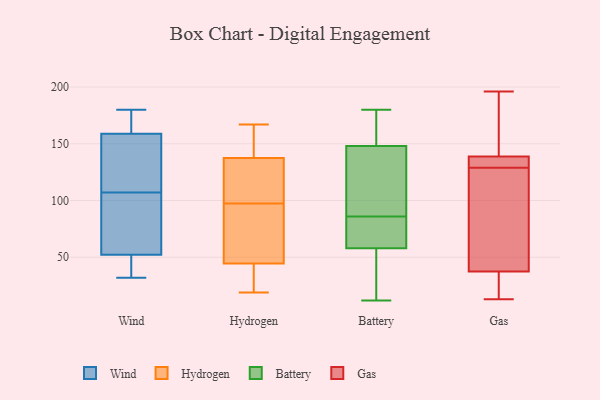
{"axis": {"x": "Bounce Rate (%)", "y": "Value"}, "legend": ["Battery", "Gas", "Hydrogen", "Wind"], "data": [{"x": "", "y": 47, "type": "Wind"}, {"x": "", "y": 177, "type": "Wind"}, {"x": "", "y": 87, "type": "Wind"}, {"x": "", "y": 76, "type": "Wind"}, {"x": "", "y": 64, "type": "Wind"}, {"x": "", "y": 156, "type": "Wind"}, {"x": "", "y": 149, "type": "Wind"}, {"x": "", "y": 136, "type": "Wind"}, {"x": "", "y": 107, "type": "Wind"}, {"x": "", "y": 45, "type": "Wind"}, {"x": "", "y": 32, "type": "Wind"}, {"x": "", "y": 180, "type": "Wind"}, {"x": "", "y": 45, "type": "Wind"}, {"x": "", "y": 161, "type": "Wind"}, {"x": "", "y": 158, "type": "Wind"}, {"x": "", "y": 54, "type": "Wind"}, {"x": "", "y": 173, "type": "Wind"}, {"x": "", "y": 43, "type": "Hydrogen"}, {"x": "", "y": 138, "type": "Hydrogen"}, {"x": "", "y": 24, "type": "Hydrogen"}, {"x": "", "y": 167, "type": "Hydrogen"}, {"x": "", "y": 121, "type": "Hydrogen"}, {"x": "", "y": 149, "type": "Hydrogen"}, {"x": "", "y": 98, "type": "Hydrogen"}, {"x": "", "y": 100, "type": "Hydrogen"}, {"x": "", "y": 53, "type": "Hydrogen"}, {"x": "", "y": 36, "type": "Hydrogen"}, {"x": "", "y": 46, "type": "Hydrogen"}, {"x": "", "y": 19, "type": "Hydrogen"}, {"x": "", "y": 140, "type": "Hydrogen"}, {"x": "", "y": 90, "type": "Hydrogen"}, {"x": "", "y": 137, "type": "Hydrogen"}, {"x": "", "y": 97, "type": "Hydrogen"}, {"x": "", "y": 78, "type": "Battery"}, {"x": "", "y": 58, "type": "Battery"}, {"x": "", "y": 149, "type": "Battery"}, {"x": "", "y": 15, "type": "Battery"}, {"x": "", "y": 86, "type": "Battery"}, {"x": "", "y": 64, "type": "Battery"}, {"x": "", "y": 157, "type": "Battery"}, {"x": "", "y": 180, "type": "Battery"}, {"x": "", "y": 52, "type": "Battery"}, {"x": "", "y": 142, "type": "Battery"}, {"x": "", "y": 157, "type": "Battery"}, {"x": "", "y": 134, "type": "Battery"}, {"x": "", "y": 58, "type": "Battery"}, {"x": "", "y": 145, "type": "Battery"}, {"x": "", "y": 12, "type": "Battery"}, {"x": "", "y": 144, "type": "Gas"}, {"x": "", "y": 30, "type": "Gas"}, {"x": "", "y": 67, "type": "Gas"}, {"x": "", "y": 169, "type": "Gas"}, {"x": "", "y": 129, "type": "Gas"}, {"x": "", "y": 130, "type": "Gas"}, {"x": "", "y": 40, "type": "Gas"}, {"x": "", "y": 13, "type": "Gas"}, {"x": "", "y": 20, "type": "Gas"}, {"x": "", "y": 196, "type": "Gas"}, {"x": "", "y": 135, "type": "Gas"}, {"x": "", "y": 137, "type": "Gas"}, {"x": "", "y": 86, "type": "Gas"}]}